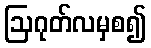
ဩဂုတ်လမှစ၍